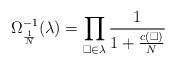
LaTeX: \begin{align*}\Omega_{\frac{1}{N}}^{-1}(\lambda) = \prod_{\Box \in \lambda} \frac{1}{1+\frac{c(\Box)}{N}}\end{align*}